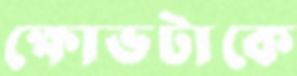
ক্ষোভটাকে